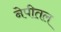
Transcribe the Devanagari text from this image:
नेपीतल